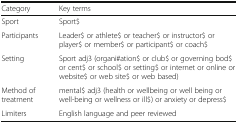
<table><thead><tr><td><b>Category</b></td><td><b>Key terms</b></td></tr></thead><tbody><tr><td>Sport</td><td>Sport$</td></tr><tr><td>Participants</td><td>Leader$ or athlete$ or teacher$ or instructor$ or player$ or member$ or participant$ or coach$</td></tr><tr><td>Setting</td><td>Sport adj3 (organi#ation$ or club$ or governing bod$ or cent$ or school$ or setting$ or internet or online or website$ or web site$ or web based)</td></tr><tr><td>Method of treatment</td><td>mental$ adj3 (health or wellbeing or well being or well-being or wellness or ill$) or anxiety or depress$</td></tr><tr><td>Limiters</td><td>English language and peer reviewed</td></tr></tbody></table>